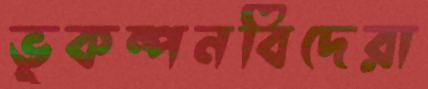
ভূকম্পনবিদেরা